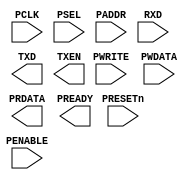
//------------------------------------------------------------------------------
// Abstract : Simple APB UART
//------------------------------------------------------------------------------
// Programmer's model
// 0x00 R     RXD[7:0]    Received Data
//      W     TXD[7:0]    Transmit data
// 0x04 RW    STAT[3:0]
//              [3] RX buffer overrun (write 1 to clear)
//              [2] TX buffer overrun (write 1 to clear)
//              [1] RX buffer full (Read only)
//              [0] TX buffer full (Read only)
// 0x08 RW    CTRL[3:0]   TxIntEn, RxIntEn, TxEn, RxEn
//              [6] High speed test mode Enable
//              [5] RX overrun interrupt enable
//              [4] TX overrun interrupt enable
//              [3] RX Interrupt Enable
//              [2] TX Interrupt Enable
//              [1] RX Enable
//              [0] TX Enable
// 0x0C R/Wc  intr_status/INTCLEAR
//              [3] RX overrun interrupt
//              [2] TX overrun interrupt
//              [1] RX interrupt
//              [0] TX interrupt
// 0x10 RW    BAUDDIV[19:0] Baud divider
//            (minimum value is 16)
//-------------------------------------
`timescale 1ns/1ps

module cmsdk_apb_uart (
// --------------------------------------------------------------------------
// Port Definitions
// --------------------------------------------------------------------------
  input  wire        PCLK,     // Clock
  input  wire        PRESETn,  // Reset

  input  wire        PSEL,     // Device select
  input  wire [11:2] PADDR,    // Address
  input  wire        PENABLE,  // Transfer control
  input  wire        PWRITE,   // Write control
  input  wire [31:0] PWDATA,   // Write data
  output wire [31:0] PRDATA,   // Read data
  output wire        PREADY,   // Device ready

  input  wire        RXD,      // Serial input
  output wire        TXD,      // Transmit data output
  output wire        TXEN      // Transmit enabled
);


endmodule